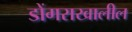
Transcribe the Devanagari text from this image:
डोंगराखालील